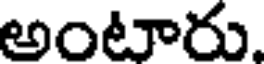
అంటారు.